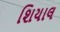
શિયાલ